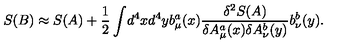
S ( B ) \approx S ( A ) + { \frac { 1 } { 2 } } \int \! d ^ { 4 } x d ^ { 4 } y b _ { \mu } ^ { a } ( x ) { \frac { \delta ^ { 2 } S ( A ) } { \delta A _ { \mu } ^ { a } ( x ) \delta A _ { \nu } ^ { b } ( y ) } } b _ { \nu } ^ { b } ( y ) .